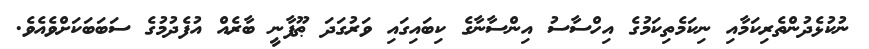
ނުކުޅެދުންތެރިކަމާއި ނިކަމެތިކަމުގެ އިހްސާސު އިންސާނާގެ ކިބައިގައި ވަރުގަދަ ޠޫފާނީ ބާރެއް އުފެދުމުގެ ސަބަބަކަށްވެއެވެ.